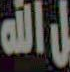
الله